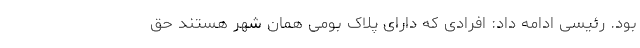
بود. رئیسی ادامه داد: افرادی که دارای پلاک بومی همان شهر هستند حق